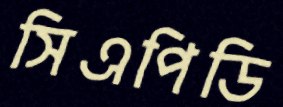
সিএপিডি